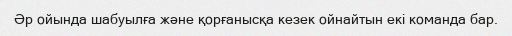
Әр ойында шабуылға және қорғанысқа кезек ойнайтын екі команда бар.